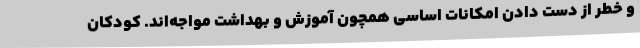
و خطر از دست دادن امکانات اساسی همچون آموزش و بهداشت مواجه‌اند. کودکان